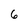
Character: 6